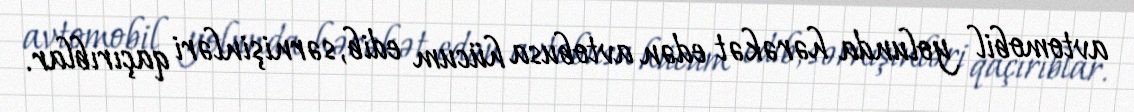
avtomobil yolunda hərəkət edən avtobusa hücum edib, sərnişinləri qaçırıblar.